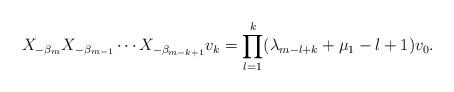
LaTeX: \begin{align*} X_{- \beta _m } X_{- \beta _{m-1} } \cdots X_{- \beta _{m-k+1} } v_k = \prod_{l=1}^{k} ( \lambda _{m-l+k} + \mu _1 -l+1 ) v_0 .\end{align*}